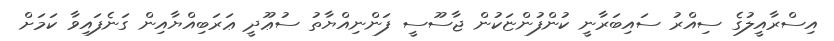
އިސްރާއީލުގެ ސިއްރު ސައިބަރާނީ ކުންފުންޏަކުން ޖާސޫސީ ފަންނިއްޔާތު ސުޢޫދީ ޢަރަބިއްޔާއިން ގަނެފައިވާ ކަމަށް